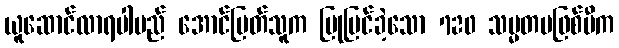
ယူဆောင်လာရပါမည် အောင်မြတ်သူက ပြုပြင်ခဲ့သော 720 သမ္မတမဖြစ်မီက